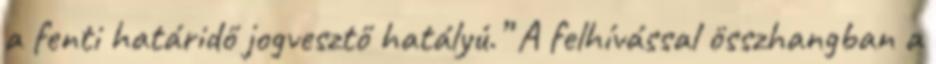
a fenti határidő jogvesztő hatályú.” A felhívással összhangban a